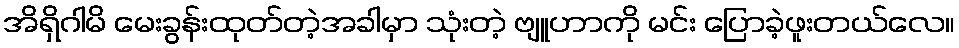
အိရှိဂါမိ မေးခွန်းထုတ်တဲ့အခါမှာ သုံးတဲ့ ဗျူဟာကို မင်း ပြောခဲ့ဖူးတယ်လေ။